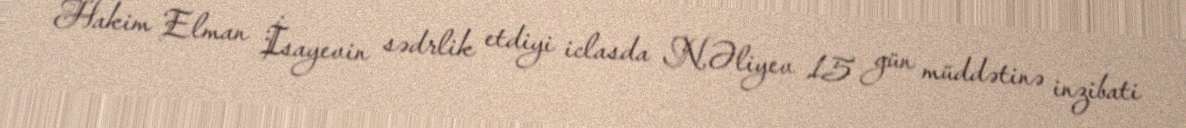
Hakim Elman İsayevin sədrlik etdiyi iclasda N.Əliyev 15 gün müddətinə inzibati